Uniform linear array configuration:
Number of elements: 32
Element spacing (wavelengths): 0.25
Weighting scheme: exponential
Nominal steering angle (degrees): -60
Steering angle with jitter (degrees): -61.499
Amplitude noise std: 0.05
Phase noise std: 0.05

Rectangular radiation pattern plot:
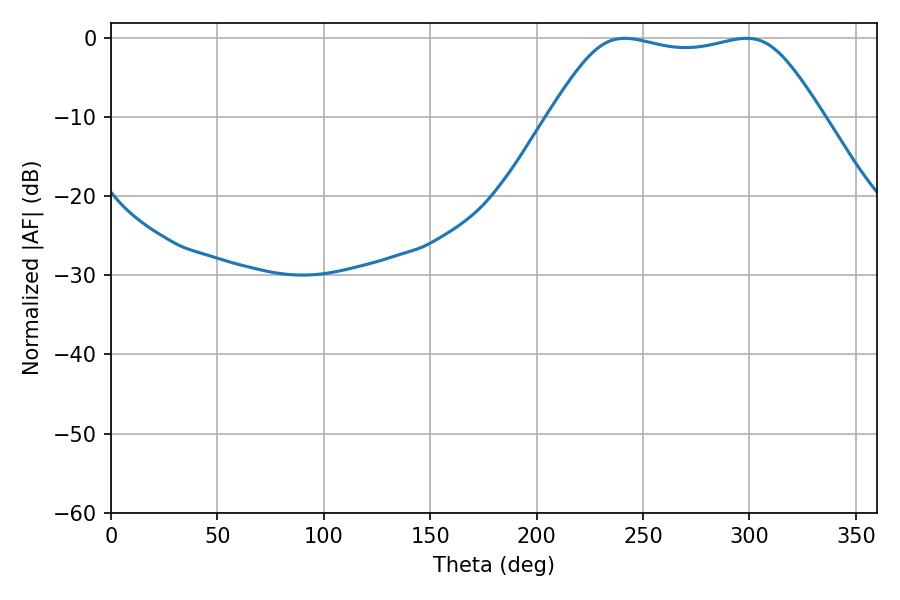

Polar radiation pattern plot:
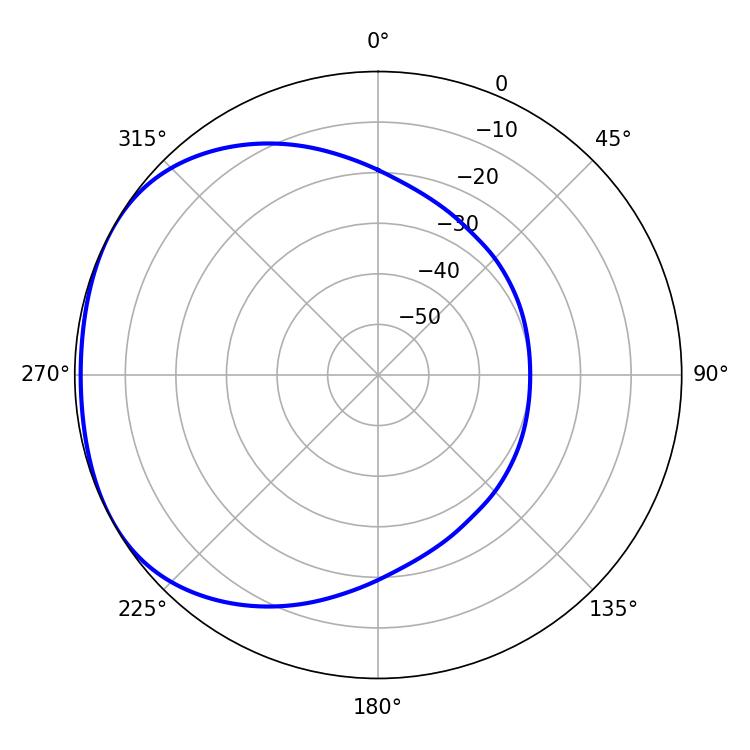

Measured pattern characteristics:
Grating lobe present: FALSE
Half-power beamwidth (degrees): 95.76
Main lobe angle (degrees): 241.38